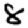
Digit: 8